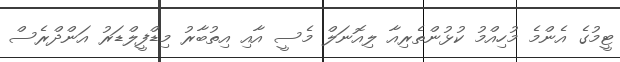
ޓީމުގެ އެންމެ މުހިއްމު ކުޅުންތެރިއާ ލިއޮނަލް މެސީ އާއި އިތުބާރު މިޑްފީލްޑަރު އަންދްރެސް